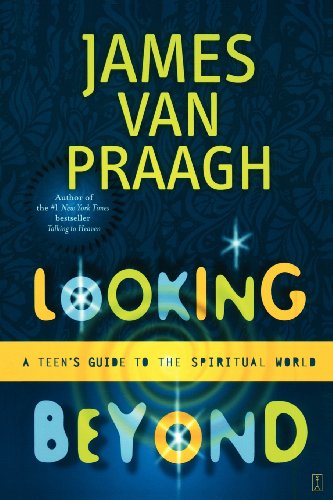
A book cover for Looking Beyond: A Teen's Guide to the Spiritual World; James Van Praagh; Teen & Young Adult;